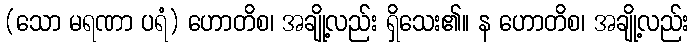
(သော မရဏာ ပရံ) ဟောတိစ၊ အချို့လည်း ရှိသေး၏။ န ဟောတိစ၊ အချို့လည်း